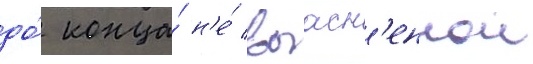
до́ конца́ н'е́ выасн'еннои